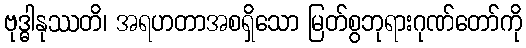
ဗုဒ္ဓါနုဿတိ၊ အရဟတာအစရှိသော မြတ်စွဘုရားဂုဏ်တော်ကို